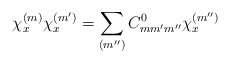
\begin{align*}\chi _x^{(m)} \chi _x^{(m')} =\sum _{(m'')}C^0 _{mm'm''}\chi_x^{(m'')}\end{align*}